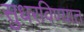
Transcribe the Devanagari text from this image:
सुधरविण्यात